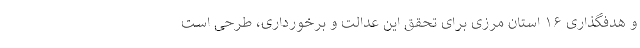
و هدفگذاری ۱۶ استان مرزی برای تحقق این عدالت و برخورداری، طرحی است